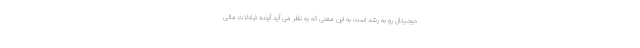
دیجیتال رو به رشد است به این معنی که به نظر می آید آینده تبادلات مالی